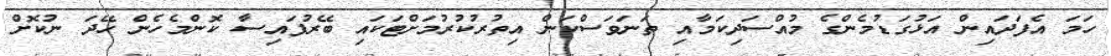
ހަމަ އެފަދައިން އަޅުގަޑުމެންގެ މުއްސަދިކަމާއި ތަނަވަސްކަން އިތުރުކުރުމަށްޓަކައި ބޭރުފައިސާ ކޮންމެހެން ހޭދަ ނުކޮށް